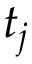
t _ { j }